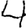
Digit: 4